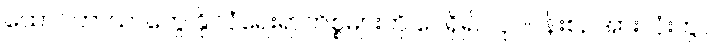
ထောင်ဘာယာတွေ နိုင်ငံရေးရာကိစ္စများကို ပေရှိ၍ လုပ်ငန်းစဉ်အားလုံးတွင်